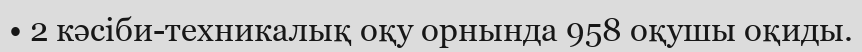
• 2 кәсіби-техникалық оқу орнында 958 оқушы оқиды.